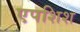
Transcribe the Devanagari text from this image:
एपशिश